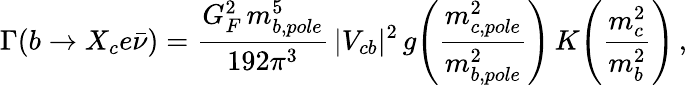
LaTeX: \Gamma(b\to X_{c}e\bar{\nu})=\frac{G_{F}^{2}\, m_{b,pole}^{5}}{192\pi^{3}}\, |V_{cb}|^{2}\, g\! \left(\frac{m_{c,pole}^{2}}{m_{b,pole}^{2}}\right)\, K\! \left(\frac{m_{c}^{2}}{m_{b}^{2}}\right)\, ,